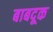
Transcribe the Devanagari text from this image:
बाबदूक